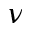
\nu